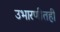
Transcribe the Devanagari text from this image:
उभारणीतही